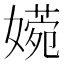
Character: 𡡶